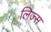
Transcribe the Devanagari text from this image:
लिज्स